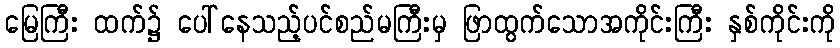
မြေကြီး ထက်၌ ပေါ်နေသည့်ပင်စည်မကြီးမှ ဖြာထွက်သောအကိုင်းကြီး နှစ်ကိုင်းကို